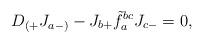
LaTeX: \begin{align*}D_{(+}J_{a-)}-J_{b+}\tilde{f}^{bc}_{a}J_{c-}=0,\end{align*}